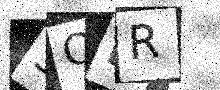
Text: 3QIR